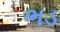
ભડ